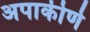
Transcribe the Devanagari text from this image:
अपाकीर्ण